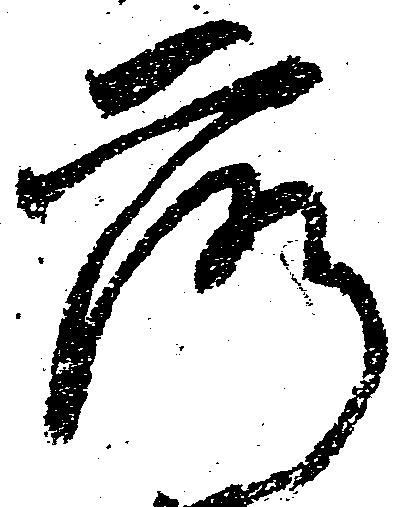
落